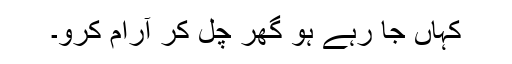
کہاں جا رہے ہو گھر چل کر آرام کرو۔